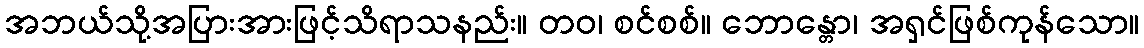
အဘယ်သို့အပြားအားဖြင့်သိရာသနည်း။ တဝ၊ စင်စစ်။ ဘောန္တော၊ အရှင်ဖြစ်ကုန်သော။